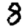
Digit: 8